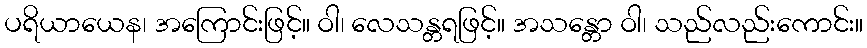
ပရိယာယေန၊ အကြောင်းဖြင့်။ ဝါ၊ လေသန္တရဖြင့်။ အသန္တော ဝါ၊ သည်လည်းကောင်း။